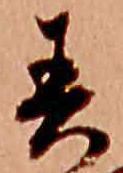
春